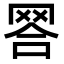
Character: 𦊪